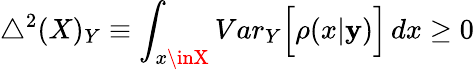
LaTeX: \bigtriangleup^{2}(X)_{Y}\equiv\int_{x\inX}{Var}_{Y}\Big[\rho(x|\mathbf{y})\Big]\, dx\geq0